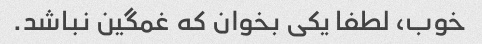
خوب، لطفا یکی بخوان که غمگین نباشد.